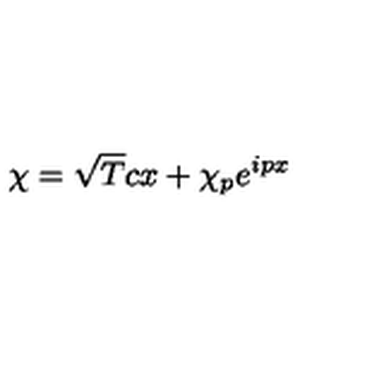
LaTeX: \chi = \sqrt { T } c x + \chi _ { p } { e } ^ { i p x }